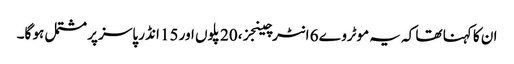
ان کا کہنا تھا کہ یہ موٹروے 6 انٹرچینجز، 20 پلوں اور 15 انڈر پاسز پر مشتمل ہو گا۔